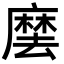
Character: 𭙽